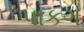
પાકગ